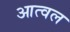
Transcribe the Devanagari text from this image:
आत्वल